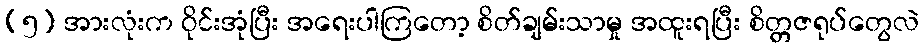
(၅) အားလုံးက ဝိုင်းအုံပြီး အရေးပါကြတော့ စိတ်ချမ်းသာမှု အထူးရပြီး စိတ္တဇရုပ်တွေလဲ